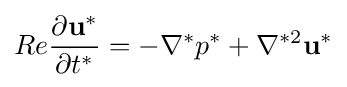
Re{\frac {\partial \mathbf {u^{*}} }{\partial t^{*}}}=-\nabla ^{*}p^{*}+\nabla ^{*2}\mathbf {u^{*}}